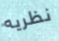
نظريه